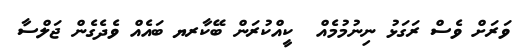
ވަރަށް ވެސް ރަގަޅު ނިނުމުމެއް  ކީއްކުރަން ބޭކާރޔ ބައެއް ވެދެގެން ޖަލްސާ